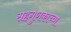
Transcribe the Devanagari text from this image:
सहगुणकाच्या